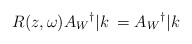
\begin{align*}R(z,\omega)A_W{}^{\dag}|k\> = A_W{}^{\dag}|k\>\end{align*}